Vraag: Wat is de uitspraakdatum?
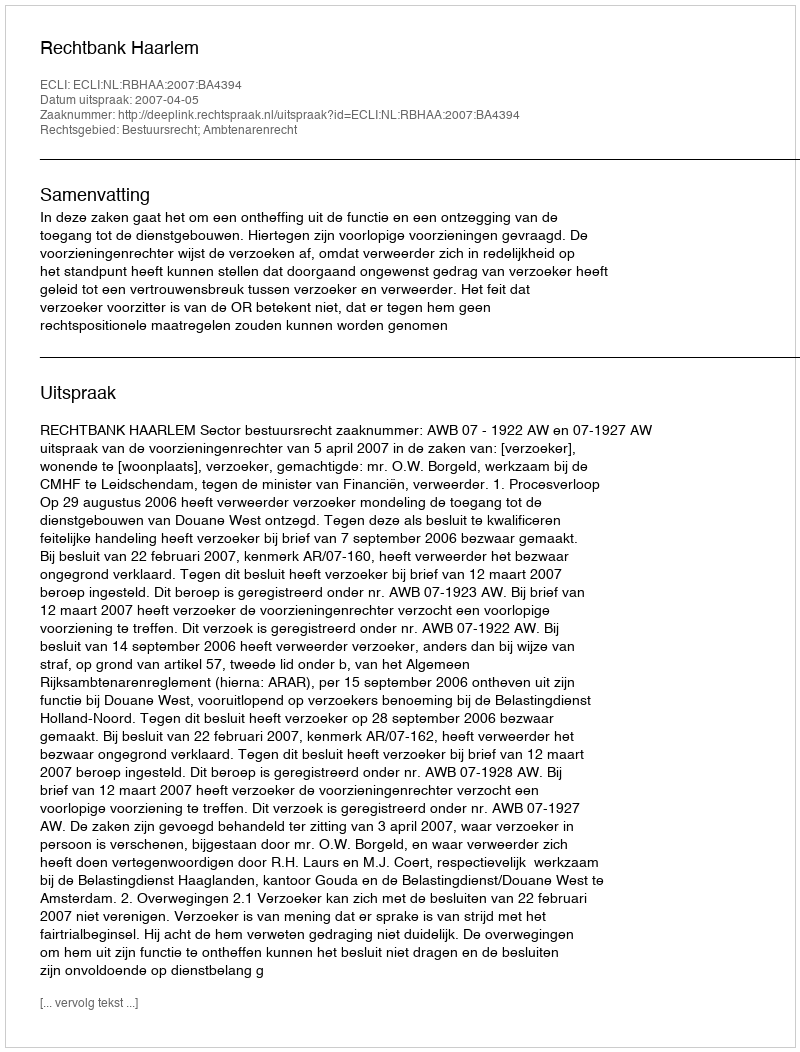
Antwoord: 2007-04-05